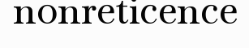
nonreticence